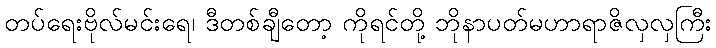
တပ်ရေးဗိုလ်မင်းရေ၊ ဒီတစ်ချီတော့ ကိုရင်တို့ ဘိုနာပတ်မဟာရာဇိလှလှကြီး